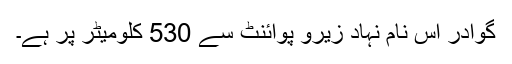
گوادر اس نام نہاد زیرو پوائنٹ سے 530 کلومیٹر پر ہے۔